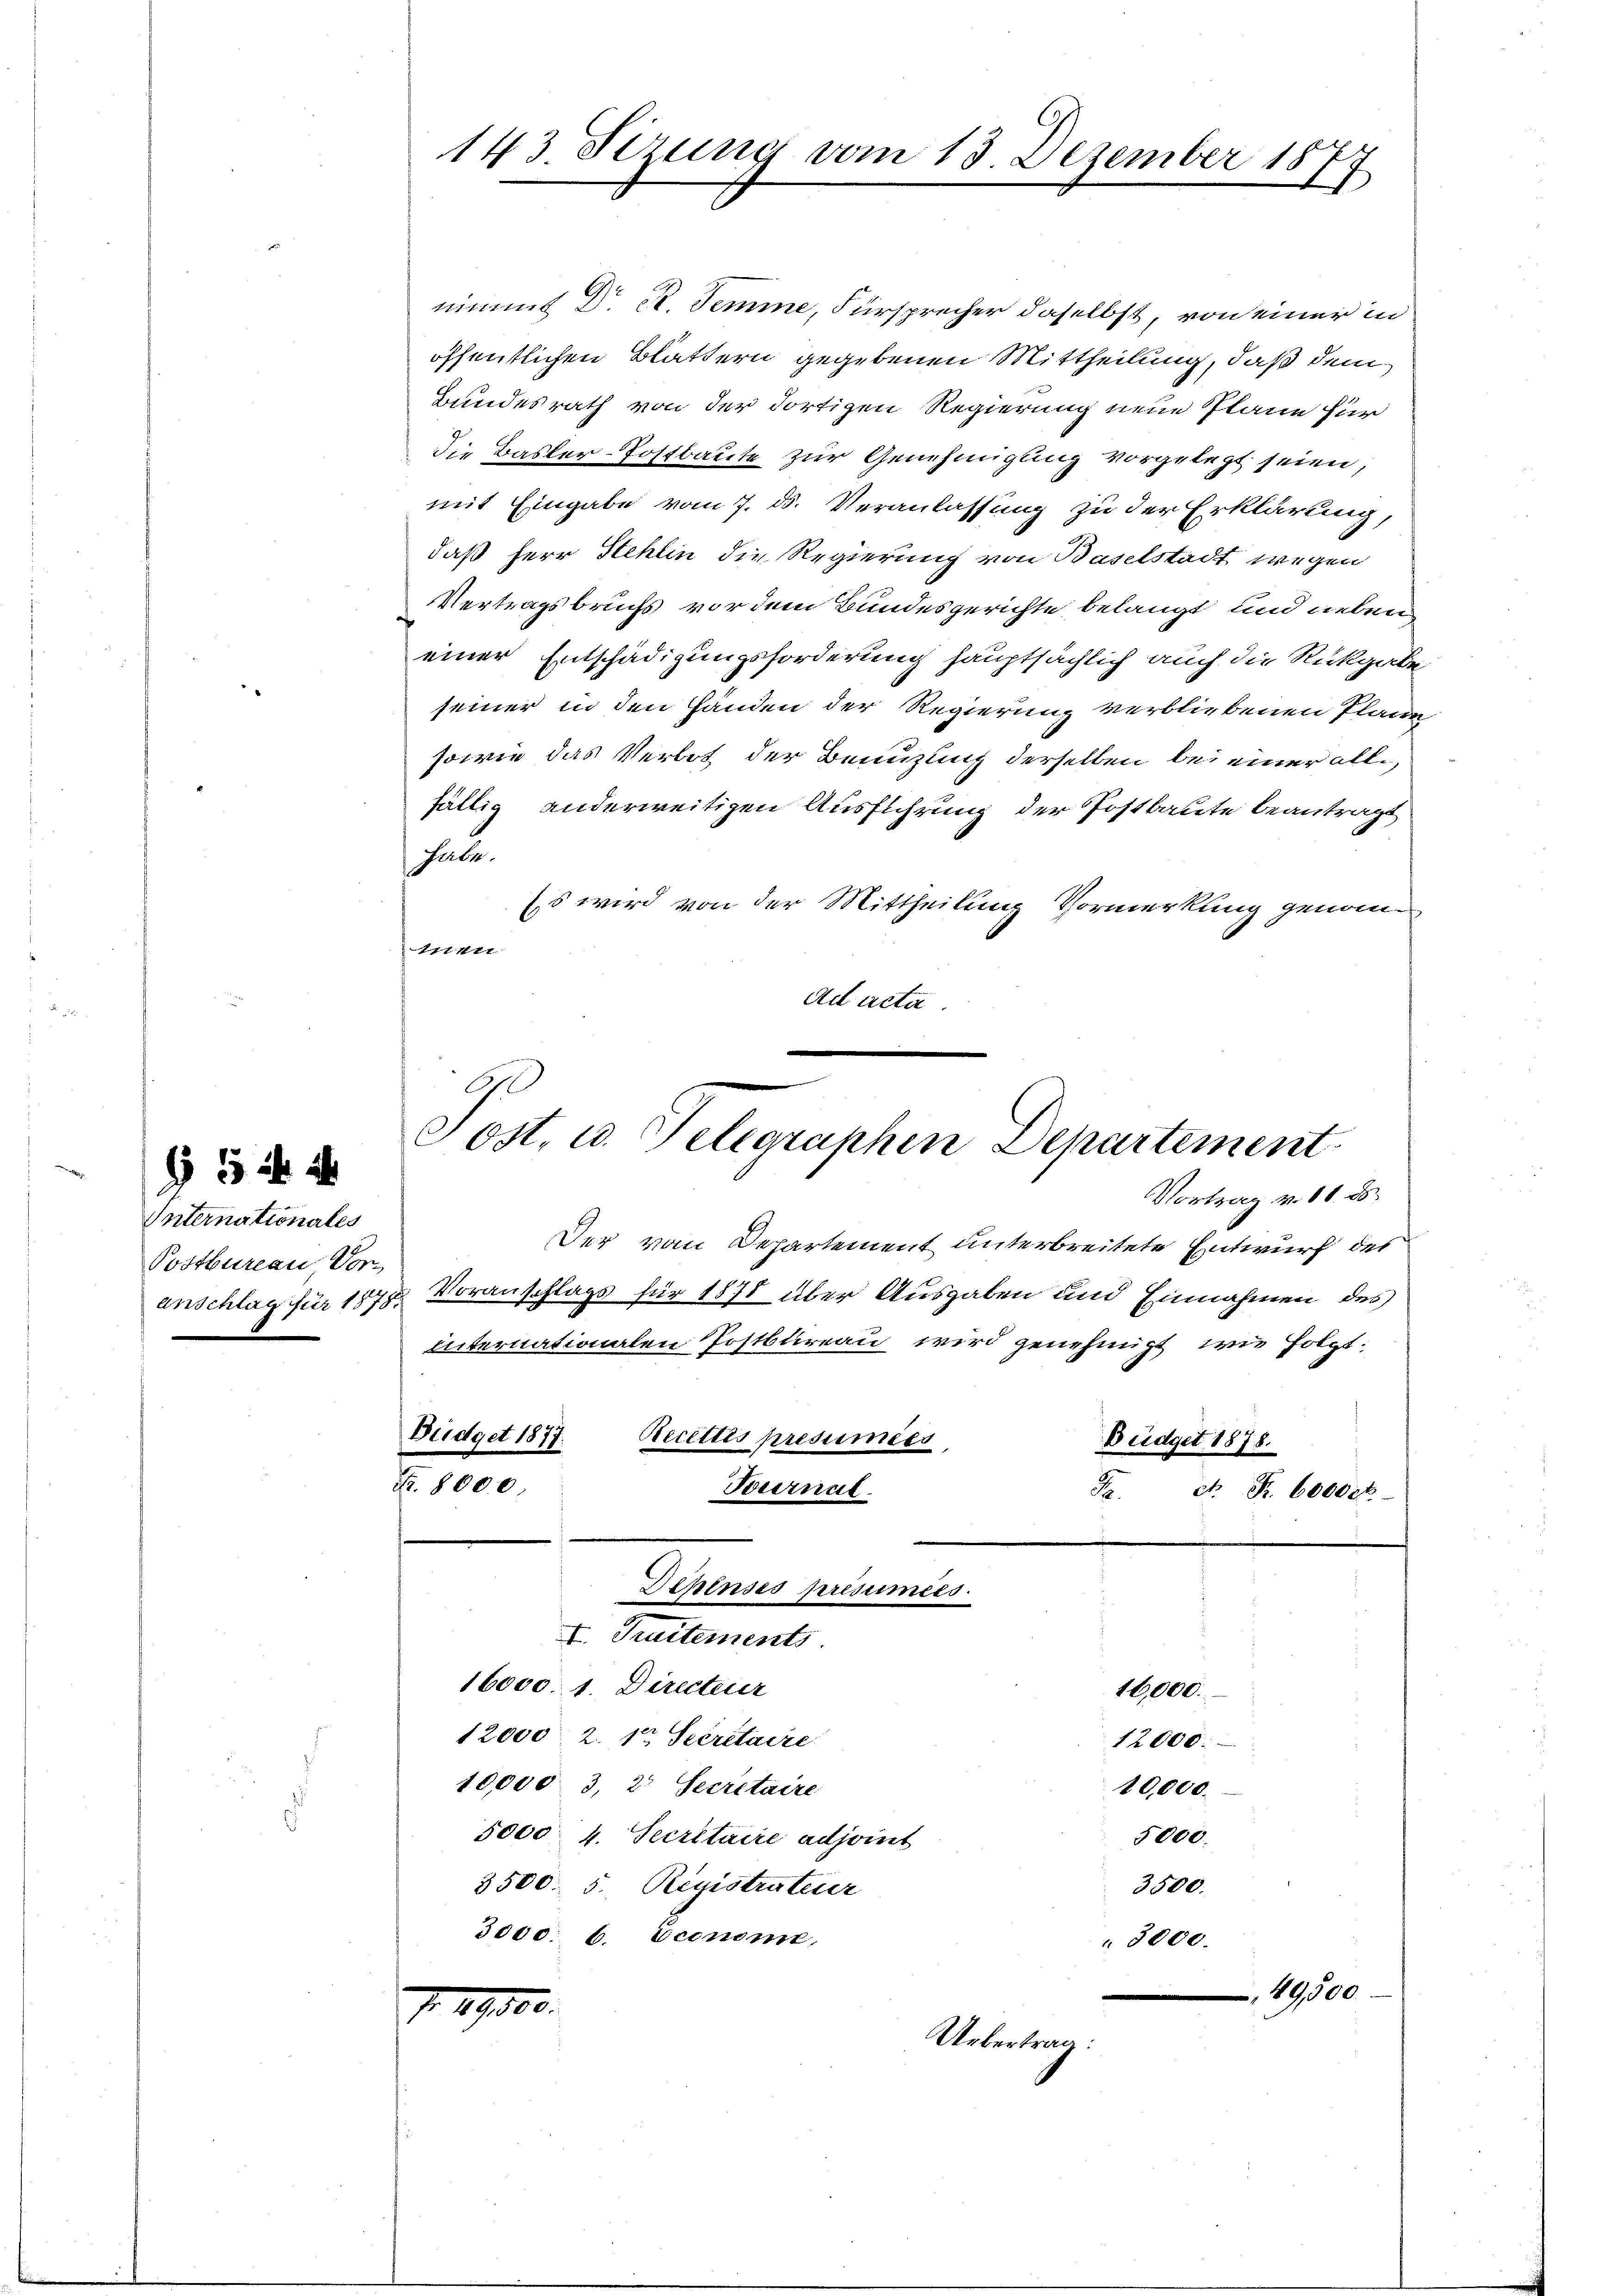
5 f 4

Internationales
Postbureau Vor
e

143. Sizung vom 13. Dezember 18
17

nimmt Dr. R. Temme, Fürsprecher daselbst, von einer in
öffentlichen Blättern gegebenen Mittheilung, daß dem
Bundesrath von der dortigen Regierung neue Plane für
die Basler-Postbaute zur Genehmigung vorgelegt seien;
mit Eingabe vom 7. ds. Veranlassung zu der Erklärung,
daß Herr Stehlin die Regierung von Baselstadt wegen
Vertragsbruchs vor dem Bundesgerichte belangt und neben
einer Entschädigungsforderung hauptsächlich auch die Rückgabe
seiner in den Händen der Regierung verbliebenen Plane
sowie das Verbot der Benuzling derselben bei einer allfällig anderweitigen Ausführung der Postbaute beantragt
Fale.
Es wird von der Mittheilung Vormerkung genomnen
Ad acta.

Post, u. Telegraphen Departement.

Vortrag v. 10. ds.
Der vom Departement unterbreitete Entwurf des
anschlag für 1878. Voranschlags für 1878 über Ausgaben und Einnahmen des
internationalen Postbureau wird genehmigt, wie folgt:
Büdget 1877.
Recettes presumées,
Büdget 1878.
Fr. 8000.
Feuernat.
Jr. c. Fr. 6000 k
Dchinses présumées.
I. Traitements
16000. 1. Directeuer
16,000.
12000. 2. 12 Secretaire
12000.
10,000 3, 21 Secretaire
10,000.
5000 4. Secretaire adjoint
5000.
3500. 5. Registrateur
3500.
3000. b. Econome,
3000.
49,500

17000.

Uebertrag: